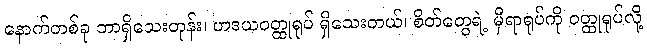
နောက်တစ်ခု ဘာရှိသေးတုန်း၊ ဟဒယဝတ္ထုရုပ် ရှိသေးတယ်၊ စိတ်တွေရဲ့ မှီရာရုပ်ကို ဝတ္ထုရုပ်လို့